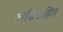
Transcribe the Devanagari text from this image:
अग्निसहित